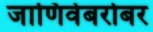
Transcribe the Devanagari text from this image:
जाणिवेबरोबर